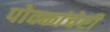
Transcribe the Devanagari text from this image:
पोक्कांचेरी